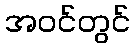
အဝင်တွင်